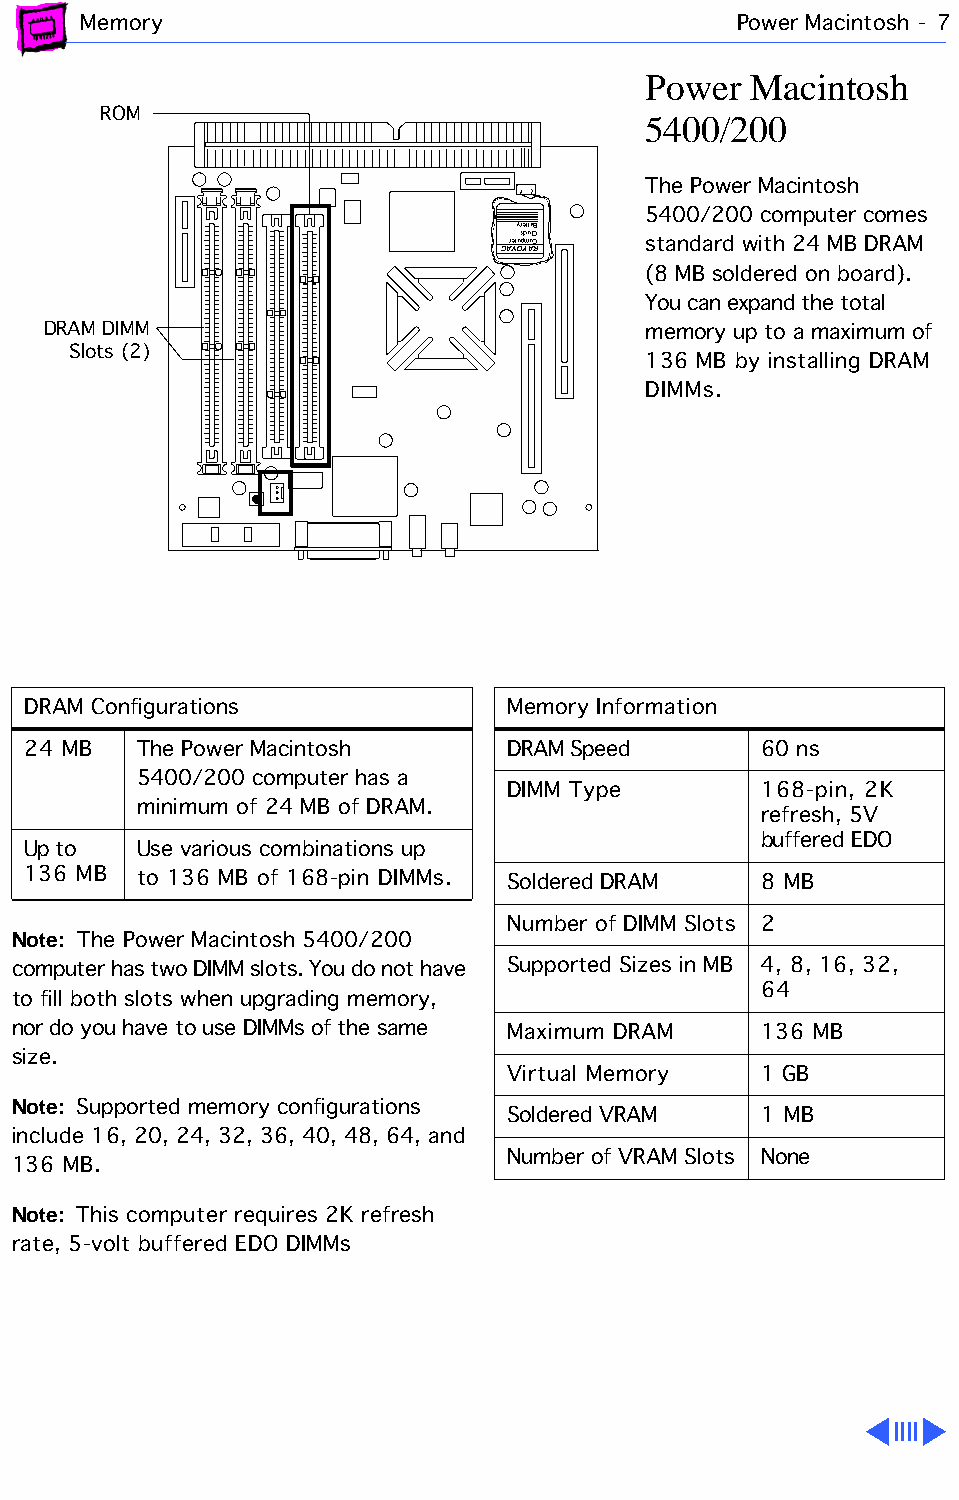
Memory                                     Power Macintosh - 7
 Power  Macintosh
 ROM                                 5400/200
 The Power Macintosh
 5400/200 computer comes
 yrettaB
 kcolC
 CAre Vtu Op Ym Ao RC standard with 24 MB DRAM
 (8 MB soldered on board).
 You can expand the total
 DRAM DIMM                               memory up to a maximum of
 Slots (2)
 136 MB by installing DRAM
 DIMMs.
 DRAM Configurations             Memory Information
 24 MB   The Power Macintosh     DRAM Speed       60 ns
 5400/200 computer has a
 DIMM Type        168-pin, 2K
 minimum of 24 MB of DRAM.
 refresh, 5V
 buffered EDO
 Up to   Use various combinations up
 136 MB  to 136 MB of 168-pin DIMMs. Soldered DRAM 8 MB
 Number of DIMM Slots 2
 Note: The Power Macintosh 5400/200
 computer has two DIMM slots. You do not have Supported Sizes in MB 4, 8, 16, 32,
 64
 to fill both slots when upgrading memory,
 nor do you have to use DIMMs of the same Maximum DRAM 136 MB
 size.
 Virtual Memory   1 GB
 Note: Supported memory configurations
 Soldered VRAM    1 MB
 include 16, 20, 24, 32, 36, 40, 48, 64, and
 Number of VRAM Slots None
 136 MB.
 Note: This computer requires 2K refresh
 rate, 5-volt buffered EDO DIMMs